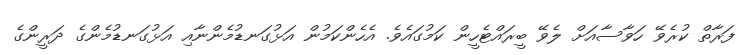
ފަރާތް ކުރެވޭ ހަވާސާއަށް ލެވޭ ބީރައްޓެހީން ކަމުގައެވެ. އެހެންކަމުން އަޅުގަނޑުމެންނާއި އަޅުގަނޑުމެންގެ ދަރީންގެ